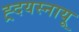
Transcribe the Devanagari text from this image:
ह्र्दयस्नायू